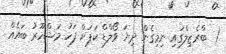
1  ބްރެޒިލްގައި ނިމިގެން ދިޔަ ވޯލްޑް ކަޕަށް ފަހު މަޝްހޫރު ބައެއް